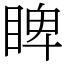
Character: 睥